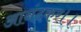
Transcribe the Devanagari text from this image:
आनंदकर।।